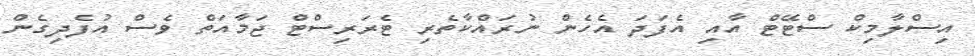
އިސްލާމިކް ސްޓޭޓް އާއި އެފަދަ އެހެން ނުރައްކާތެރި ޓެރަރިސްޓް ޖަމާއަތް ވެސް އުފެދިގެން